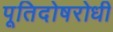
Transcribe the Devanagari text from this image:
पूतिदोषरोधी